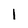
Character: l